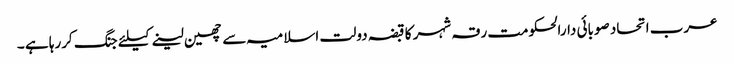
عرب اتحاد صوبائی دارالحکومت رقہ شہر کا قبضہ دولت اسلامیہ سے چھین لینے کیلئے جنگ کررہا ہے ۔